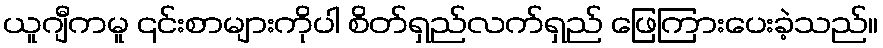
ယူဂျီကမူ ၎င်းစာများကိုပါ စိတ်ရှည်လက်ရှည် ဖြေကြားပေးခဲ့သည်။